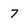
Character: 7